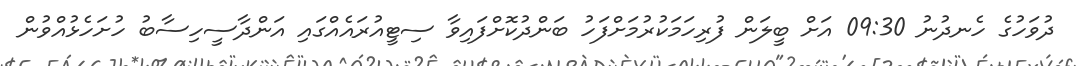
ދުވަހުގެ ހެނދުނު 09:30 އަށް ބީލަން ފުރިހަމަކުރުމަށްފަހު ބަންދުކޮށްފައިވާ ސިޓީއުރައެއްގައި އަންދާސީހިސާބު ހުށަހެޅުއްވުން